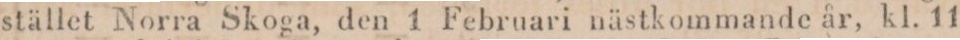
stället Norra Skoga, den 1 Februari nästkommande år, kl. 11